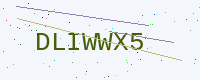
Text: DLIWWX5